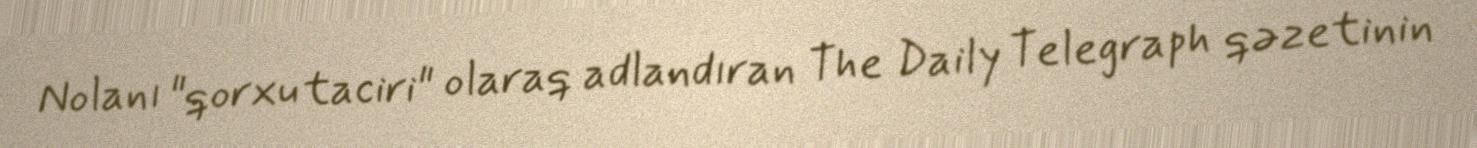
Nolanı "qorxu taciri" olaraq adlandıran The Daily Telegraph qəzetinin